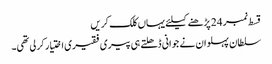
قسط نمبر 24 پڑھنے کیلئے یہاں کلک کریں
سلطان پہلوان نے جوانی ڈھلتے ہی پیری فقیری اختیار کر لی تھی۔